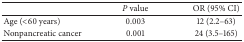
|  | P value | OR (95% CI) |
 | --- | --- | --- |
 | Age (<60 years) | 0.003 | 12 (2.2–63) |
 | Nonpancreatic cancer | 0.001 | 24 (3.5–165) |